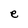
Character: e